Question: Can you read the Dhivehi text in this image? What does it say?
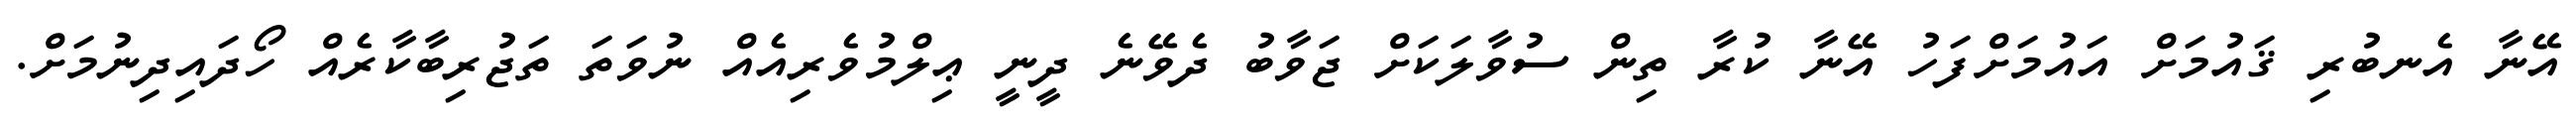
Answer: އޭނާ އެނބުރި ޤައުމަށް އައުމަށްފަހު އޭނާ ކުރާ ތިން ސުވާލަކަށް ޖަވާބު ދެވޭނެ ދީނީ ޢިލްމުވެރިއެއް ނުވަތަ ތަޖުރިބާކާރެއް ހޯދައިދިނުމަށް.